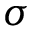
\sigma